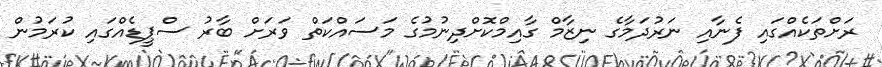
ރަށްތަކެއްގައި ފެނާއި ނަރުދަމާގެ ނިޒާމް ގާއިމްކޮށްދިނުމުގެ މަސައްކަތް ވަރަށް ބާރު ސްޕީޑެއްގައި ކުރަމުން